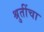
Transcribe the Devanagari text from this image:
श्रुतींचा